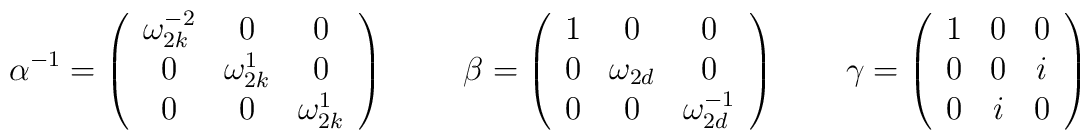
\alpha^{-1} = \left(  \begin{array}{ccc}			\omega_{2k}^{-2} & 0 & 0  \\			 0 & \omega_{2k}^{1} & 0\\			 0  &  0 & \omega_{2k}^{1}		\end{array}	\right)~~~~~~~~\beta = \left(  \begin{array}{ccc}			1  & 0  & 0  \\			0 & \omega_{2d} & 0  \\			0 &  0 & \omega_{2d}^{-1}  		\end{array}	\right)~~~~~~~\gamma =\left(  \begin{array}{ccc} 		1  &  0  &  0  \\		0  &  0  &  i \\		0  &  i &   0 		\end{array}	\right)